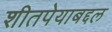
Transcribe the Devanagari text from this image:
शीतपेयाबद्दल